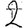
Digit: 2